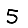
Digit: 5